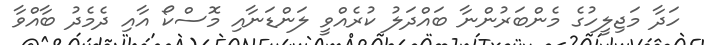
ހަދާ މަޖިލީހުގެ މެންބަރުންނާ ބައްދަލު ކުރެއްވީ ލަންޑަނާއި މޮސްކޯ އާއި ދެމެދު ބާއްވާ